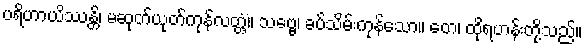
ပရိဟာယိဿန္တိ၊ မဆုတ်ယုတ်ကုန်လတ္တံ့။ သဗ္ဗေ၊ ခပ်သိမ်းကုန်သော။ တေ၊ ထိုရဟန်းတို့သည်။